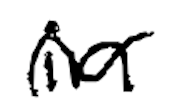
Text: in
Cross-out: wave
Writing tool: digital_black